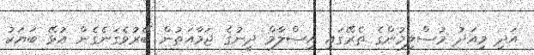
އަދި މިއަދު މުސްލިމުންގެ ތެރޭގައި އިސްލާމް ދީނުގެ ޖަމާއަތުން ބޭރުވެގަނެގެން އުޅޭ ބަޔަކު